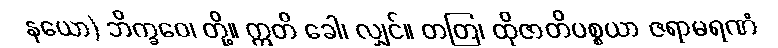
နယော) ဘိက္ခဝေ၊ တို့။ ဣတိ ခေါ၊ လျှင်။ တတြ၊ ထိုဇာတိပစ္စယာ ဇရာမရဏံ